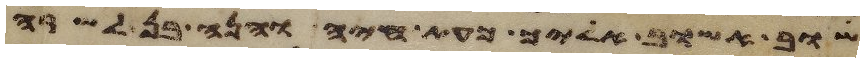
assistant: שוב אשוב אליך כעת חיה והנה בן לשרה